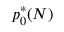
p _ { 0 } ^ { * } ( N )